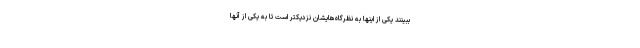
ببینند یکی از اینها به نظرگاه‌هایشان نزدیکتر است تا به یکی از آنها